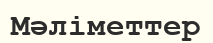
Мәліметтер